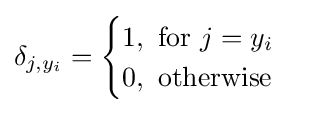
\delta _{j,y_{i}}={\begin{cases}1,{\text{ for }}j=y_{i}\\0,{\text{ otherwise}}\end{cases}}